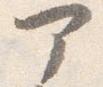
部